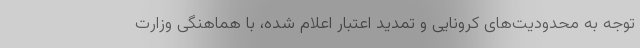
توجه به محدودیت‌های کرونایی و تمدید اعتبار اعلام شده، با هماهنگی وزارت